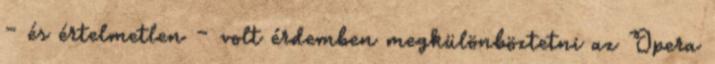
– és értelmetlen – volt érdemben megkülönböztetni az Opera